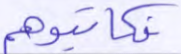
فكاتبوهم